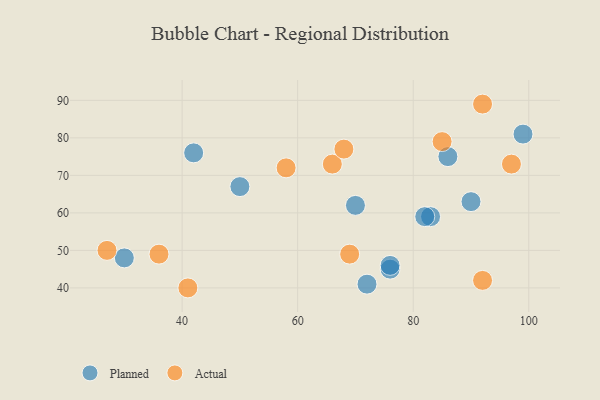
{"axis": {"x": "GDP", "y": "Life Expectancy"}, "legend": ["Actual", "Planned"], "data": [{"x": "90", "y": 63, "type": "Planned"}, {"x": "83", "y": 59, "type": "Planned"}, {"x": "76", "y": 45, "type": "Planned"}, {"x": "30", "y": 48, "type": "Planned"}, {"x": "99", "y": 81, "type": "Planned"}, {"x": "86", "y": 75, "type": "Planned"}, {"x": "76", "y": 46, "type": "Planned"}, {"x": "70", "y": 62, "type": "Planned"}, {"x": "42", "y": 76, "type": "Planned"}, {"x": "72", "y": 41, "type": "Planned"}, {"x": "50", "y": 67, "type": "Planned"}, {"x": "82", "y": 59, "type": "Planned"}, {"x": "66", "y": 73, "type": "Actual"}, {"x": "92", "y": 89, "type": "Actual"}, {"x": "27", "y": 50, "type": "Actual"}, {"x": "92", "y": 42, "type": "Actual"}, {"x": "85", "y": 79, "type": "Actual"}, {"x": "58", "y": 72, "type": "Actual"}, {"x": "68", "y": 77, "type": "Actual"}, {"x": "41", "y": 40, "type": "Actual"}, {"x": "36", "y": 49, "type": "Actual"}, {"x": "69", "y": 49, "type": "Actual"}, {"x": "97", "y": 73, "type": "Actual"}]}